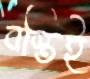
বস্তিই